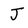
Character: J